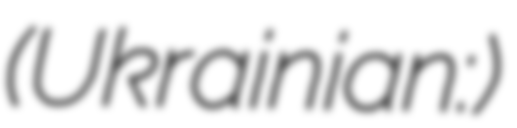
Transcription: (Ukrainian: Турбів)